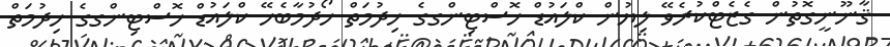
ޤާނޫނީގޮތުން ގެޒެޓްކުރެވޭ ލިޔުން ކްލައުޑް ހޮސްޓިންގގެ ޚިދުމަތް ހޯދުމާބެހޭ ކްލައުޑް ހޮސްޓިންގގެ ޚިދުމަތް